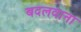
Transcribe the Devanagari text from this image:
बदलवाना